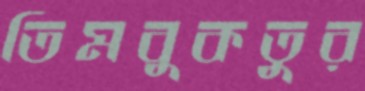
তিমবুকতুর